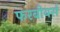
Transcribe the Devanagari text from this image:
फरबीयर्स